Annual report of the Bengal Veterinary College and of the Civil Veterinary Department, Bengal, for the year 1915-16 - 1915-1916
Year: 1915
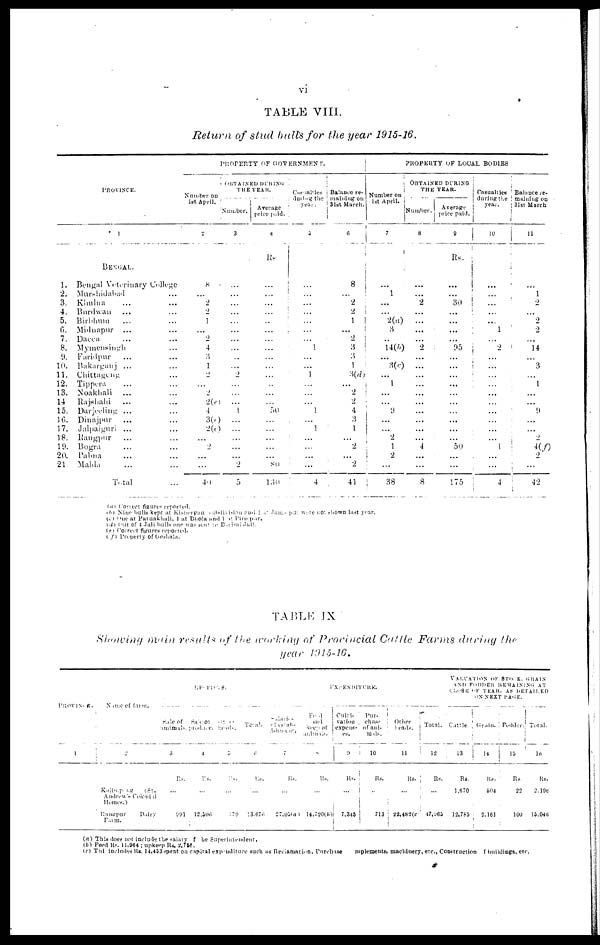
vi
TABLE VIII.
Return of stud bull's for the year 1915-16.
PROVINCE.
1
BENGAL.
1.
2.
3.
4.
5.
6.
7.
8.
9.
10.
11.
12.
13.
14
15.
16.
17.
18.
19.
20.
21.
Bengal Veterinary College
Murshidabad ...
Khulna ... ...
Burdwan ... ...
Birbhum ... ...
Midnapur ... ...
Dacca ... ...
Mymensingh ...
Faridpur ... ...
Bakarganj ... ...
Chittagong ...
Tippera ... ...
Noakhali ... ...
Rajshahi ... ...
Darjeeling ... ...
Dinajpur ... ...
Jalpalguri ... ...
Rangpur ... ...
Bogra ... ...
Pabna ... ...
Malda ... ...
Total ...
PROPERTY OF GOVERNMENT.
Number on
1st April.
2
8
...
2
2
1
...
2
4
3
1
2
...
2
2(e)
4
3(c)
2(c)
...
...
...
...
40
OBTAINED DURING
THE YEAR.
Number.
3
...
...
...
...
...
...
...
...
...
...
2
...
...
...
1
...
...
...
...
...
2
5
Average
price paid.
4
Rs
...
...
...
...
...
...
...
...
...
...
...
...
...
...
50
...
...
...
...
...
80
130
Casaalies
during
the
year.
5
...
...
...
...
...
...
...
1
...
...
1
...
...
...
1
...
1
...
...
...
...
4
Balance re-
maining on
31st March.
6
8
...
2
2
1
...
2
3
3
1
3(d)
...
2
2
4
3
1
...
2
...
2
41
PROPERTY OF LOCAL BODIES
Number on
1st April.
7
...
1
...
...
2(a)
3
...
14(b)
...
3(c)
...
1
...
...
9
...
...
2
1
2
...
38
OBTAINED
DURING
THE YEAR.
Number.
8
...
...
2
...
...
...
...
2
...
...
...
...
...
...
...
...
...
...
4
...
...
8
Average
price paid.
9
Rs.
...
...
30
...
...
...
...
95
...
...
...
...
...
...
...
...
...
...
50
...
...
175
Casualties
during the
year.
10
...
...
...
...
...
1
...
2
...
...
...
...
...
...
...
...
...
...
1
...
...
4
Balance re-
maining on
31st March
11
...
1
2
...
2
2
...
14
...
3
...
1
...
...
9
...
...
2
4(f)
2
...
42
(a) Connect figures reported.
(b) Nine bulls kept at Kishergan Subdivision and Jamalpur were not shown last year.
(c) One at Patuakhali, 1 at Bhola and 1 at Pirorpar.
(d) Out of 4 Jali bulls one was sent re Barisal Jail.
(e) Correct figures reported.
(f) Property of Goshala.
TABLE IX
Showing main results of the working of Provincial Cattle Farms during the
year 1915-16.
PROVINCE.
1
Name of farm.
2
Kalinepong
(St.
Andrew's Colonid
Homes.)
Rangpur
Dairy
Farm.
RECEIPTS.
Sale of
amimals.
3
Rs.
...
991
Sale of
prodace.
4
Rs.
...
12,506
beeds.
5
Rs.
...
179
Total.
6
Rs.
...
13,676
EXPENDITURE.
of
estal-
ishment.
7
Rs.
...
27,05(a)
Feed
and
keep of
8
Rs.
...
14,720(b)
Culti-
vation
expens-
9
Rs.
...
7,345
Pur-
chase
of ani-
mals.
10
Rs.
...
713
Other
beads.
11
Rs.
...
22,482(c)
Total.
12
Rs.
...
47,965
VALUATION OF STOCK GRAIN
AND FODDER REMAINING AT
CLOSE OF YEAR, AS DETAILED
ON NEXT PAGE.
Cattle.
13
Rs.
1,670
12,785
Grain.
14
Rs.
504
2,161
Fodder.
15
Rs.
22
100
Total.
16
Rs,
2,196
15,046
(a) This does not include the salary f be Superintendent.
(b) Feed Rs. 11,964; upkeep Rs. 2,756.
(c) Thi includes Rs. 14,453 spent on capital expenditure such as Reciamation, Purchase mplements, machinery, etc., Construction of buildings, etc.